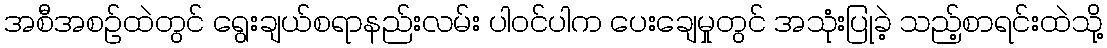
အစီအစဉ်ထဲတွင် ရွေးချယ်စရာနည်းလမ်း ပါဝင်ပါက ပေးချေမှုတွင် အသုံးပြုခဲ့ သည့်စာရင်းထဲသို့